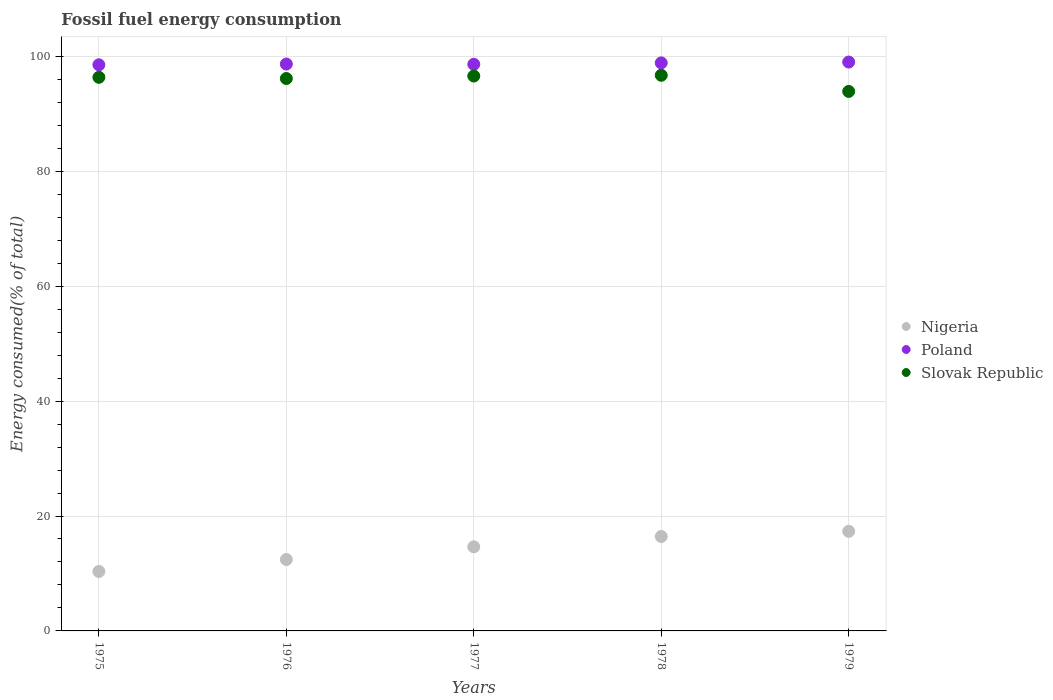
| Years | Nigeria | Poland | Slovak Republic |
 | --- | --- | --- | --- |
 | 1975 | 10.4 | 98.5 | 96.3 |
 | 1976 | 12.4 | 98.7 | 96.1 |
 | 1977 | 14.6 | 98.6 | 96.6 |
 | 1978 | 16.4 | 98.9 | 96.7 |
 | 1979 | 17.3 | 99 | 93.9 |